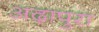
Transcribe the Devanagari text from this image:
अढ़ापुरा